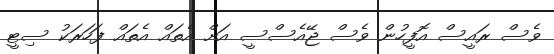
ވެސް ރައީސް އޮފީހުން ވެސް ޖޭއެސްސީ އަށް އެތައް އެތައް ފަހަރަކު ސިޓީ